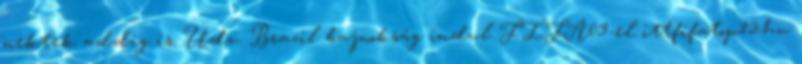
nektek addig is. Üdv. Brazil bajnokság indul FIFA09-el ittfifatop12.hu